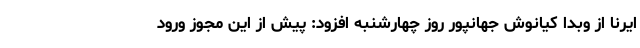
ایرنا از وبدا کیانوش جهانپور روز چهارشنبه افزود: پیش از این مجوز ورود